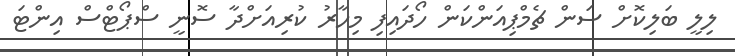
ލިލީ ބަލިކޮށް ސަން ޗެމްޕިއަންކަން ހޯދައިފި މިހާރު ކުރިއަށްދާ ސޮނީ ސްޕޯޓްސް އިންޓަ